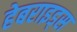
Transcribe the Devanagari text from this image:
हेबराइड्स